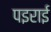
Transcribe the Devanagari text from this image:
पइराई